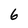
Character: 6